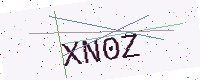
Text: XN0Z